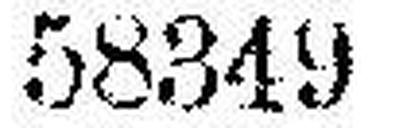
58349